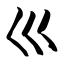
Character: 巛